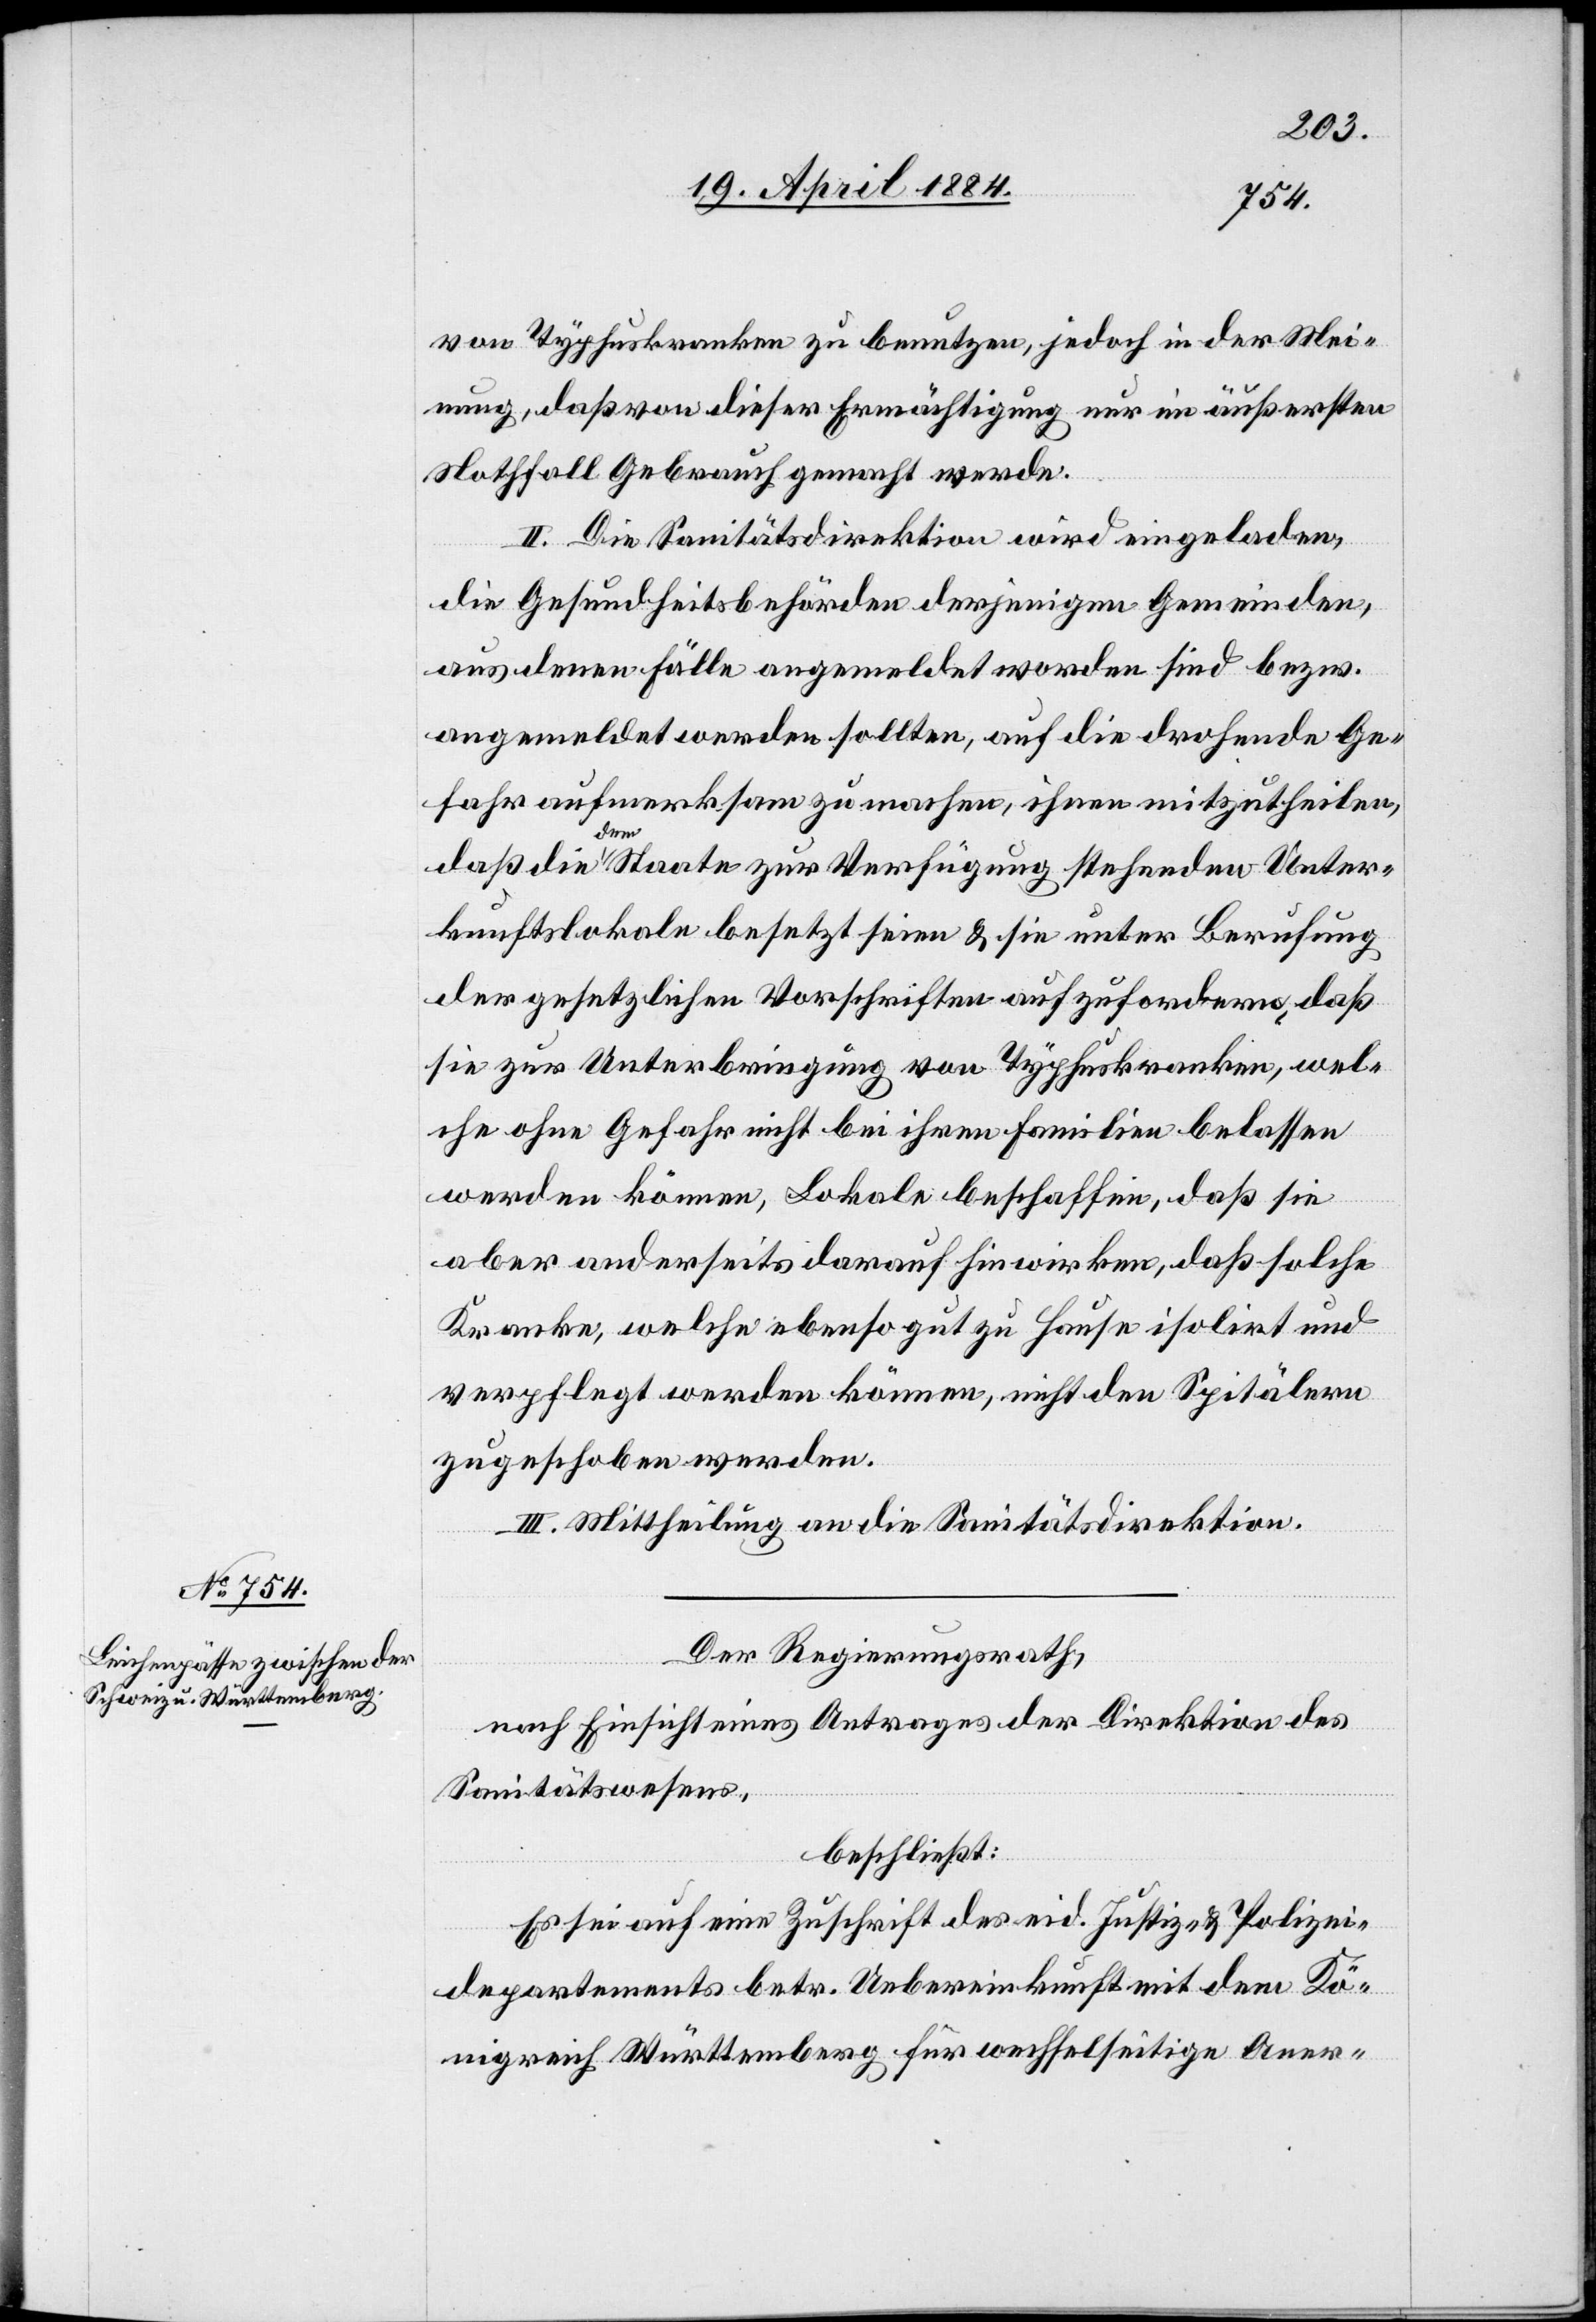
von Typhuskranken zu benutzen, jedoch in der Mei¬
nung, daß von dieser Ermächtigung nur im äußersten
Nothfall Gebrauch gemacht werde.
II. Die Sanitätsdirektion wird eingeladen,
die Gesundheitsbehörden derjenigen Gemeinden
aus denen Fälle angemeldet worden sind bezw.
angemeldet werden sollten, auf die drohende Ge¬
fahr aufmerksam zu machen, ihnen mitzutheilen,
daß die dem Staate zur Verfügung stehenden Unter¬
kunftslokale besetzt seien & sie unter Berufung
der gesetzlichen Vorschriften aufzufordern, daß
sie zur Unterbringung von Typhuskranken, wel¬
che ohne Gefahr nicht bei ihren Familien belassen
werden könne, Lokale beschaffen, daß sie
aber anderseits darauf hin wirken, daß solche
Kranken, welche ebenso gut zu Hause isolirt und
verpflegt werden können, nicht den Spitälern
zugeschoben werden.
III. Mittheilung an die Sanitätsdirektion.
Der Regierungsrath,
nach Einsicht eines Antrages der Direktion des
Sanitätswesens,
beschließt:
Es sei auf eine Zuschrift des eid. Justiz- & Polizei¬
departements betr. Uebereinkunft mit dem Kö¬
nigreich Württemberg für wechselseitige Aner-